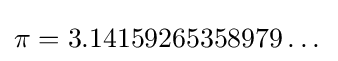
\pi =3.14159265358979\dots